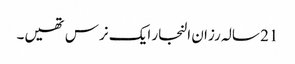
21 سالہ رزان النجار ایک نرس تھیں۔